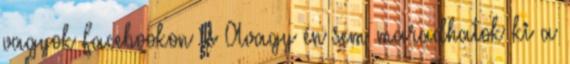
vagyok Facebookon is Avagy én sem maradhatok ki a